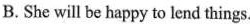
B.She will be happyto lend things.